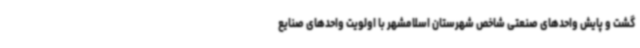
گشت و پایش واحدهای صنعتی شاخص شهرستان اسلامشهر با اولویت واحدهای صنایع